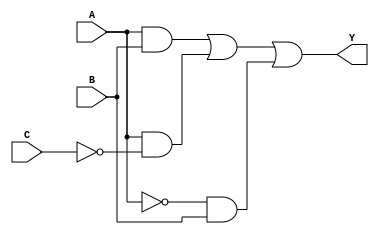
module sop_simplification (
    input wire A,      // Input A
    input wire B,      // Input B
    input wire C,      // Input C
    output wire Y      // Output Y
);

// Intermediate signals for product terms
wire A_and_B;         // A AND B
wire A_and_not_C;     // A AND NOT C
wire not_A_and_B;     // NOT A AND B

// NOT gate for C and A
wire not_C = ~C;
wire not_A = ~A;

// AND gates for product terms
assign A_and_B = A & B;            // A AND B
assign A_and_not_C = A & not_C;    // A AND NOT C
assign not_A_and_B = not_A & B;    // NOT A AND B

// OR gate to combine product terms
assign Y = A_and_B | A_and_not_C | not_A_and_B; // Final output Y

endmodule